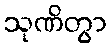
သုဏိတွာ